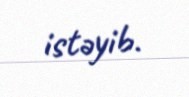
istəyib.